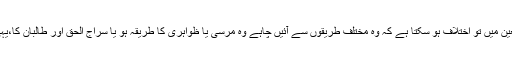
اگر یہی مقدمہ ہے تو حکمت عملی کے تعین میں تو اختلاف ہو سکتا ہے کہ وہ مختلف طریقوں سے آئیں چاہے وہ مرسی یا ظواہری کا طریقہ ہو یا سراج الحق اور طالبان کا،یہی فکر ہے جس نے ایرانی انقلاب برپا کیا۔